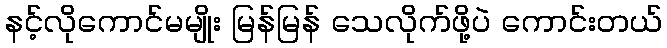
နင့်လိုကောင်မမျိုး မြန်မြန် သေလိုက်ဖို့ပဲ ကောင်းတယ်